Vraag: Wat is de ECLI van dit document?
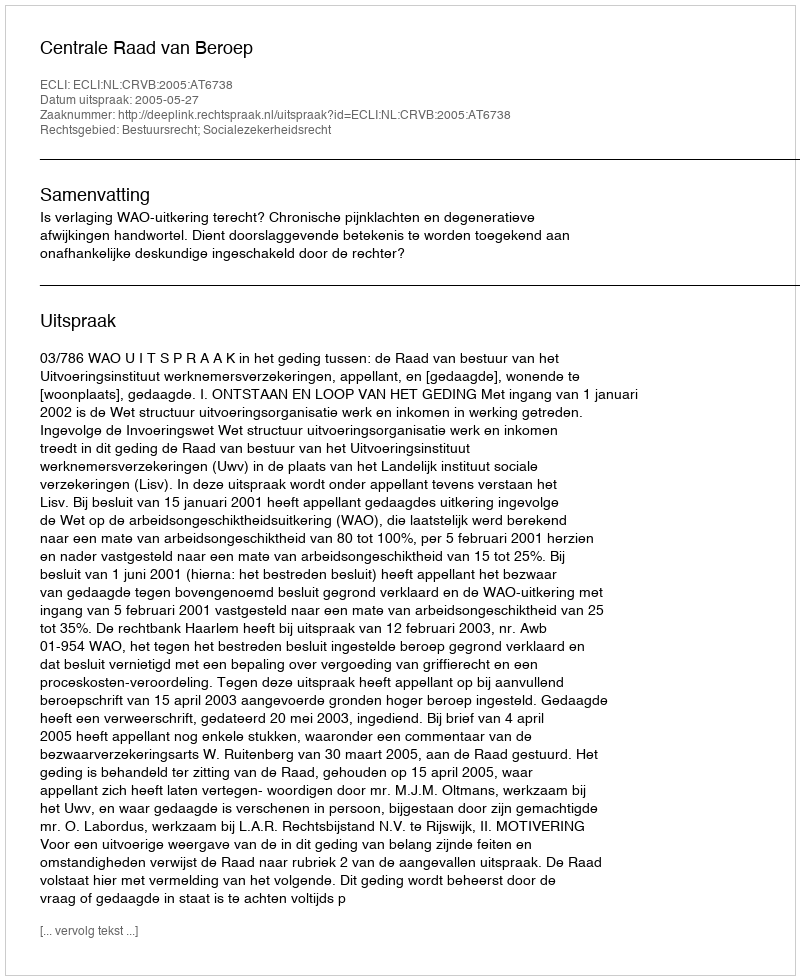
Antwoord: ECLI:NL:CRVB:2005:AT6738